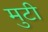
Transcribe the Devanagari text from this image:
मुटी